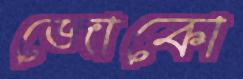
জোকো